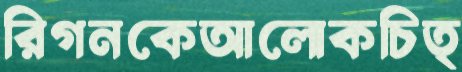
রিগনকেআলোকচিত্